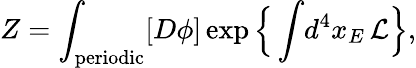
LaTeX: Z=\int_{\mathrm{periodic}}[D\phi]\exp\Big\{ \int\! d^{4}x_{E}\, {\cal L}\Big\} ,